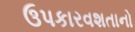
ઉપકારવશતાનો